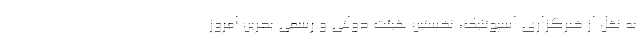
به نقل از خبرگزاری اسپوتنیک، نخستین هیئت دولتی و رسمی بحرین امروز